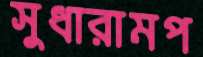
সুধারামপ